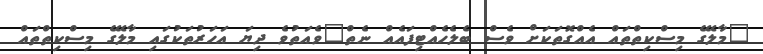
"މާލޭގެ މިސްކިތްތައް އެއްގޮތަކަށް ވެސް ބެލެހެއްޓިފައެއް ނެތް"ވެއަތުވެ ދިޔަ އަހަރުތަކުގައި މާލޭގެ މިސްކިތްތައް